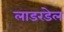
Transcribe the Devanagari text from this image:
लाडरडेल